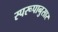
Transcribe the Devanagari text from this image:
स्परूपानुसार